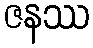
ဇနဿ